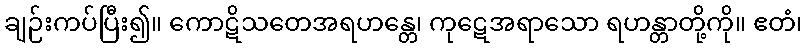
ချဉ်းကပ်ပြီး၍။ ကောဋိသတေအရဟန္တေ၊ ကုဋေအရာသော ရဟန္တာတို့ကို။ ဧတံ၊